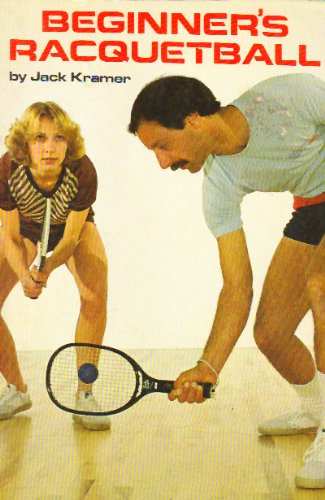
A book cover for Beginner's Racquetball; Jack Kramer; Sports & Outdoors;